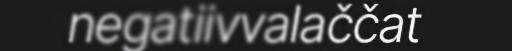
negatiivvalaččat